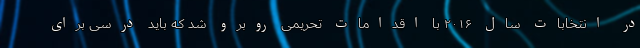
در انتخابات سال ۲۰۱۶ با اقدامات تحریمی روبرو شد که باید درسی برای